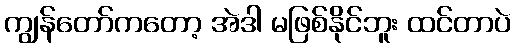
ကျွန်တော်ကတော့ အဲဒါ မဖြစ်နိုင်ဘူး ထင်တာပဲ